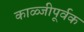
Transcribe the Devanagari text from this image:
काळ्जीपूर्वक